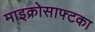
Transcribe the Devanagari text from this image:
माइक्रोसाफ्टका